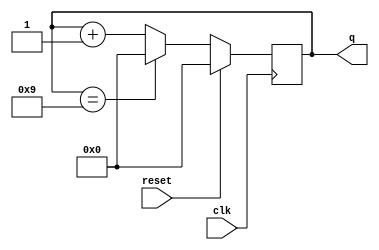
module top_module (
    input clk,
    input reset,        // Synchronous active-high reset
    output [3:0] q);
    always@(posedge clk)
        begin
            if(reset)
                q<=4'b0;
            else if(q==4'b1001) 
                q<=4'b0;
            else
                q<=q+4'b1;
        end
endmodule